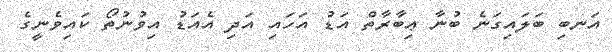
އަނބި ބަލައިގަނެ ބުނާ ޢިބާރާތް އަޑު އަހައި އަދި އެއަޑު އިވުނުތޯ ކައިވެނީގެ